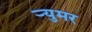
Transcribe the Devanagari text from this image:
र्‍युमर